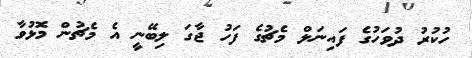
ހުކުރު ދުވަހުގެ ފައިނަލް މެޗުގެެ ފަހު ޖާގަ ލިބޭނީ އެ މެޗުން މޮޅުވާ